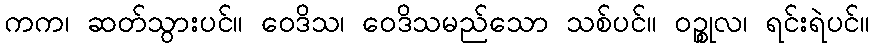
ကက၊ ဆတ်သွားပင်။ ဝေဒိသ၊ ဝေဒိသမည်သော သစ်ပင်။ ဝဉ္စုလ၊ ရင်းရဲပင်။